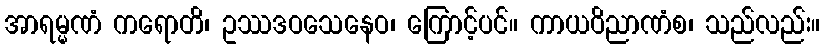
အာရမ္မဏံ ကရောတိ၊ ဥဿဒဝသေနေဝ၊ ကြောင့်ပင်။ ကာယဝိညာဏံစ၊ သည်လည်း။